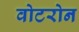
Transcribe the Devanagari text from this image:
वोटरोन